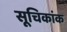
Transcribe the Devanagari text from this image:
सूचिकांक